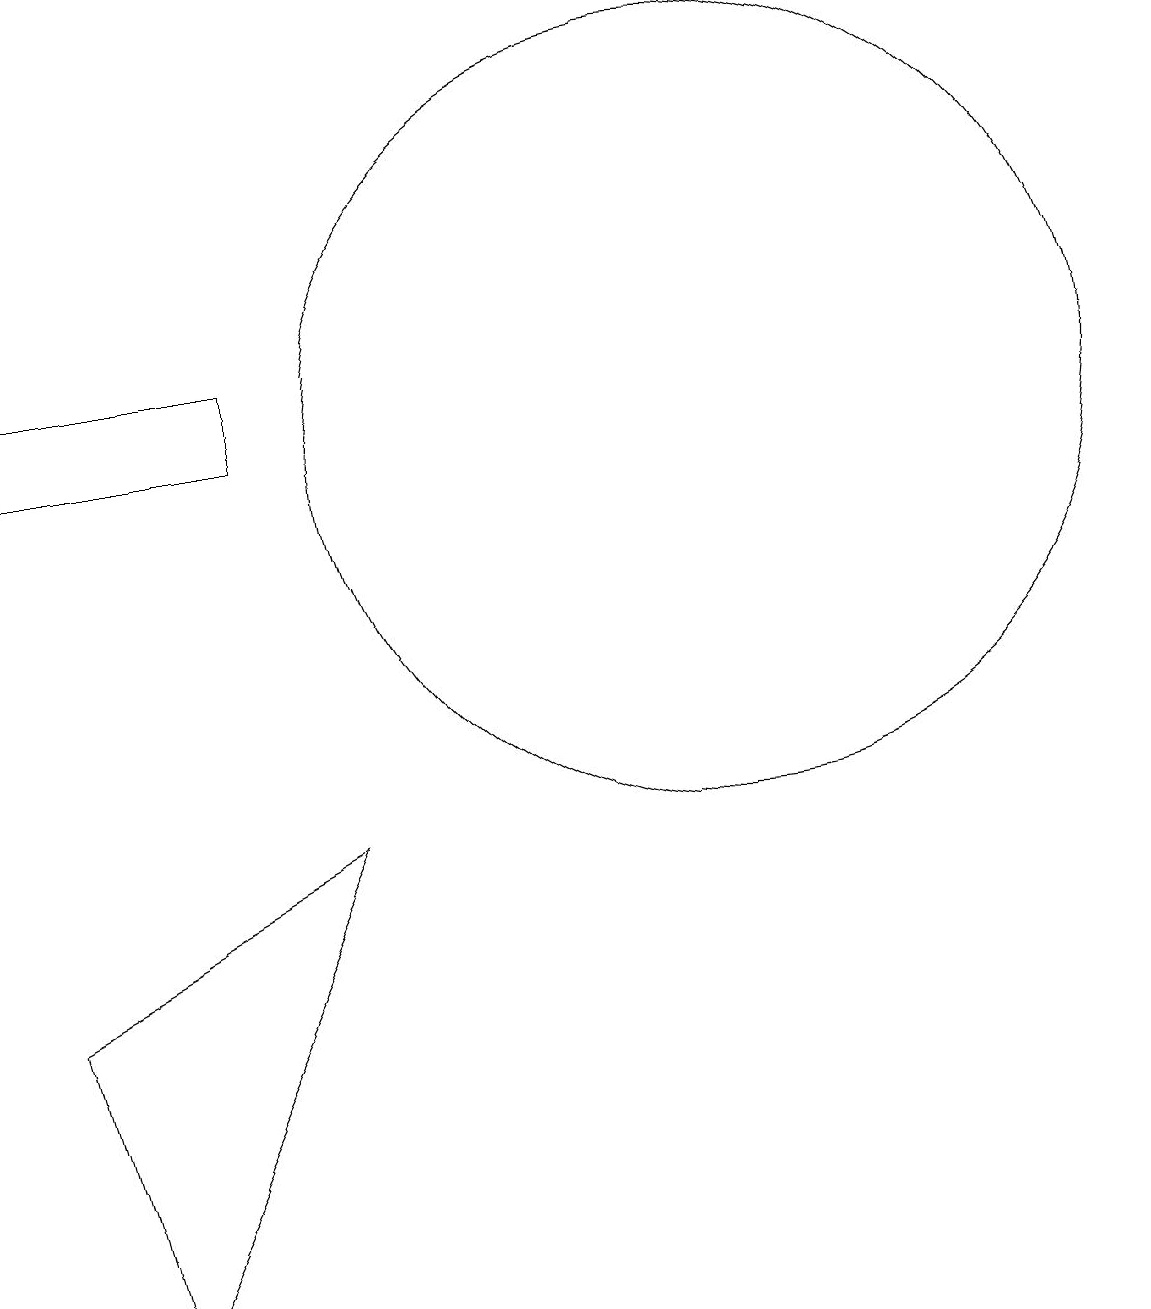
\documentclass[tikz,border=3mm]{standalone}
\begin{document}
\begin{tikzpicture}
\draw (10,11) circle (5);
\draw (1,4) -- (5,6) -- (2,0) -- cycle;
\draw (1,12) rectangle (4,11);
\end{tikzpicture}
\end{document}